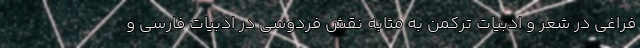
فراغی در شعر و ادبیات ترکمن به مثابه نقش فردوسی در ادبیات فارسي و